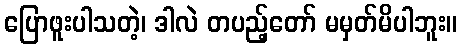
ပြောဖူးပါသတဲ့၊ ဒါလဲ တပည့်တော် မမှတ်မိပါဘူး။